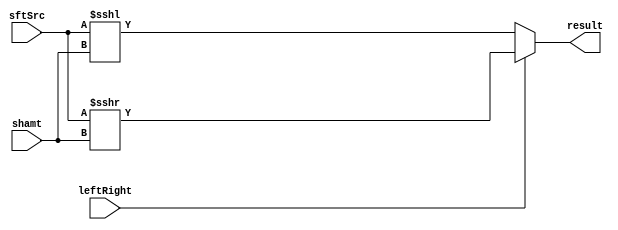
module Shifter (
    leftRight,
    shamt,
    sftSrc,
    result
);

  //I/O ports
  input leftRight;  //0:sll , 1:srl
  input [5-1:0] shamt;
  input [32-1:0] sftSrc;

  output [32-1:0] result;

  //Internal Signals
  reg [32-1:0] result;

  //Main function

always@(*) begin
    if (leftRight) // shift right
        result = sftSrc >>> shamt;
    else // shift left
        result = sftSrc <<< shamt;
end

endmodule